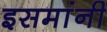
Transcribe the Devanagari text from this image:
इसमांनी